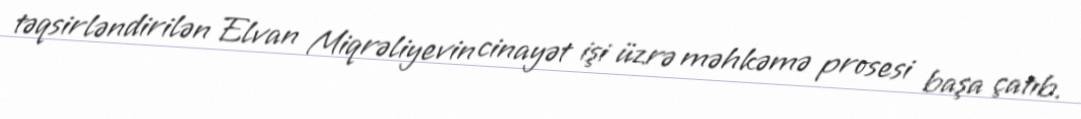
təqsirləndirilən Elvan Miqrəliyevin cinayət işi üzrə məhkəmə prosesi başa çatıb.